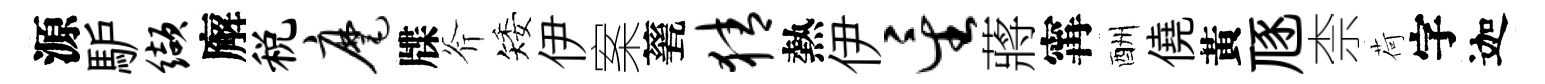
源馿缬廨税麾牒斧矮伊案甆猜熱伊星蔣𡩋酬僥黃豗柰荷字迦